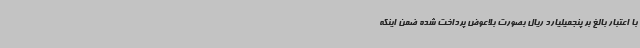
با اعتبار بالغ بر پنجمیلیارد ریال بصورت بلاعوض پرداخت شده ضمن اینکه